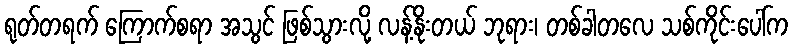
ရုတ်တရက် ကြောက်စရာ အသွင် ဖြစ်သွားလို့ လန့်နိုးတယ် ဘုရား၊ တစ်ခါတလေ သစ်ကိုင်းပေါ်က